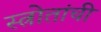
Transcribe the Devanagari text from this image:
स्त्रोतांची